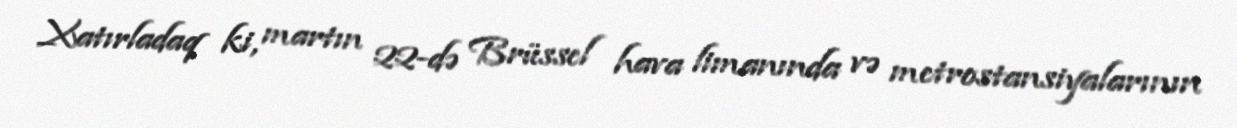
Xatırladaq ki, martın 22-də Brüssel hava limanında və metrostansiyalarının